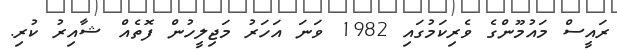
ރައީސް މައުމޫންގެ ވެރިކަމުގައި 1982 ވަނަ އަހަރު މަޖިލީހުން ފޮތެއް ޝާއިރު ކުރި.